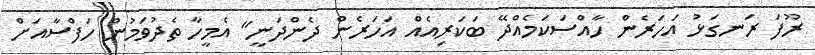
ރޫފަ ރަނގަޅު އަހަރެން ހާއްސަކަމެއްދޭ ބަކަރިއެއް އަހަރެން ދެންދަނީ" އެމީހާ ތެދުވަމުން ހަފްސާއަށް